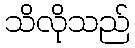
သိလိုသည်